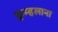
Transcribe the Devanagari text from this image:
कुम्हलाना